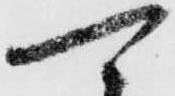
可